Report on the bubonic plague in Bombay, 1896-1897
Year: 1896
Disease focus: Plague
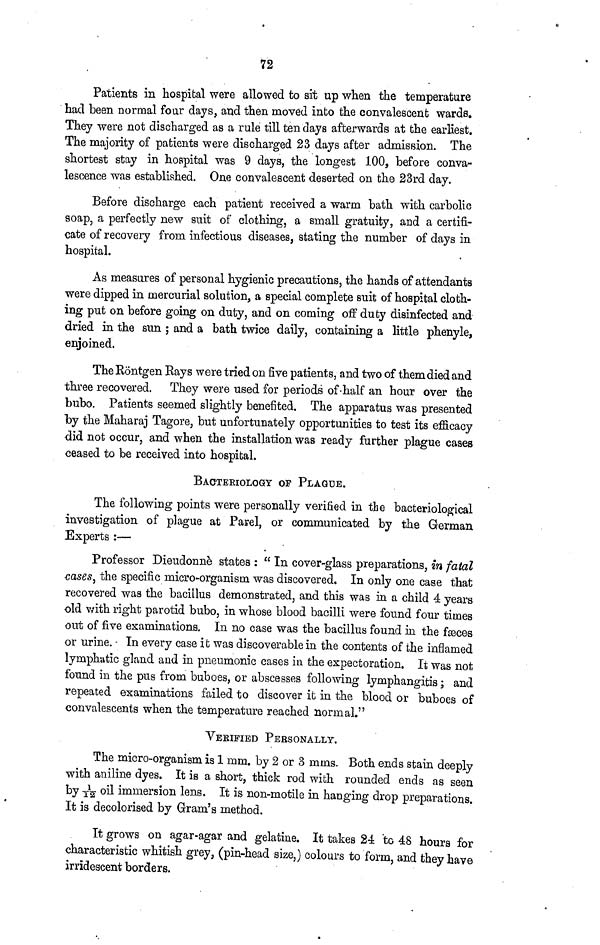
72
Patients in hospital were allowed to sit up when the temperature
had been normal four days, and then moved into the convalescent wards.
They were not discharged as a rule till ten days afterwards at the earliest.
The majority of patients were discharged 23 days after admission. The
shortest stay in hospital was 9 days, the longest 100, before conva-
lescence was established. One convalescent deserted on the 23rd day.
Before discharge each patient received a warm bath with carbolic
soap, a perfectly new suit of clothing, a small gratuity, and a certifi-
cate of recovery from infectious diseases, stating the number of days in
hospital.
As measures of personal hygienic precautions, the hands of attendants
were dipped in mercurial solution, a special complete suit of hospital cloth-
ing put on before going on duty, and on coming off duty disinfected and
dried in the sun ; and a bath twice daily, containing a little phenyle,
enjoined.
The Rontgen Rays were tried on five patients, and two of them died and
three recovered. They were used for periods of half an hour over the
bubo. Patients seemed slightly benefited. The apparatus was presented
by the Maharaj Tagore, but unfortunately opportunities to test its efficacy
did not occur, and when the installation was ready further plague cases
ceased to be received into hospital.
BACTERIOLOGY OF PLAGUE.
The following points were personally verified in the bacteriological
investigation of plague at Parel, or communicated by the German
Experts :—
Professor Dieudonnè states : " In cover-glass preparations, in fatal
cases, the specific micro-organism was discovered. In only one case that
recovered was the bacillus demonstrated, and this was in a child 4 years
old with right parotid bubo, in whose blood bacilli were found four times
out of five examinations. In no case was the bacillus found in the fæces
or urine. In every case it was discoverable in the contents of the inflamed
lymphatic gland and in pneumonic cases in the expectoration. It was not
found in the pus from buboes, or abscesses following lymphangitis ; and
repeated examinations failed to discover it in the blood or buboes of
convalescents when the temperature reached normal."
VERIFIED PERSONALLY.
The micro-organism is 1 mm. by 2 or 3 mms. Both ends stain deeply
with aniline dyes. It is a short, thick rod with rounded ends as seen
by 1/12 oil immersion lens. It is non-motile in hanging drop preparations.
It is decolorised by Gram's method.
It grows on agar-agar and gelatine. It takes 24 to 48 hours for
characteristic whitish grey, (pin-head size,) colours to form, and they have
irridescent borders.